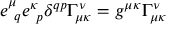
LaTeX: e _ { ~ q } ^ { \mu } e _ { ~ p } ^ { \kappa } \delta ^ { q p } \Gamma _ { \mu \kappa } ^ { \nu } = g ^ { \mu \kappa } \Gamma _ { \mu \kappa } ^ { \nu }